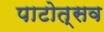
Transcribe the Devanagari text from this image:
पाटोत्सव